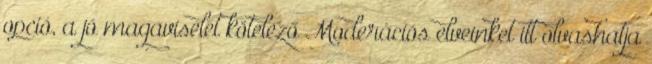
opció, a jó magaviselet kötelező Moderációs elveinket itt olvashatja